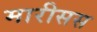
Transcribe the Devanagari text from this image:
मारीसस